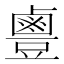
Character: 𪉣